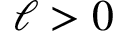
\ell > 0